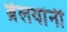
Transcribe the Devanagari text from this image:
ब्रेलयांनी